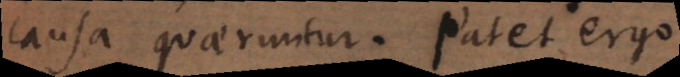
causa quaeruntur. Patet ergo